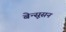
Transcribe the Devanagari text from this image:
बेन्सूसन